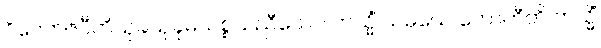
ဝိဝေကဇပီတိသုခသုခုမသစ္စသညီယေဝ တသ္မိံ သမယေ ဟောတီတိ တသ္မိံ